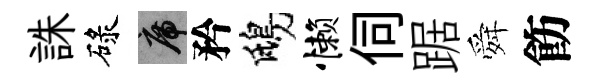
誅碌席矜鴟懒伺踞舜飭